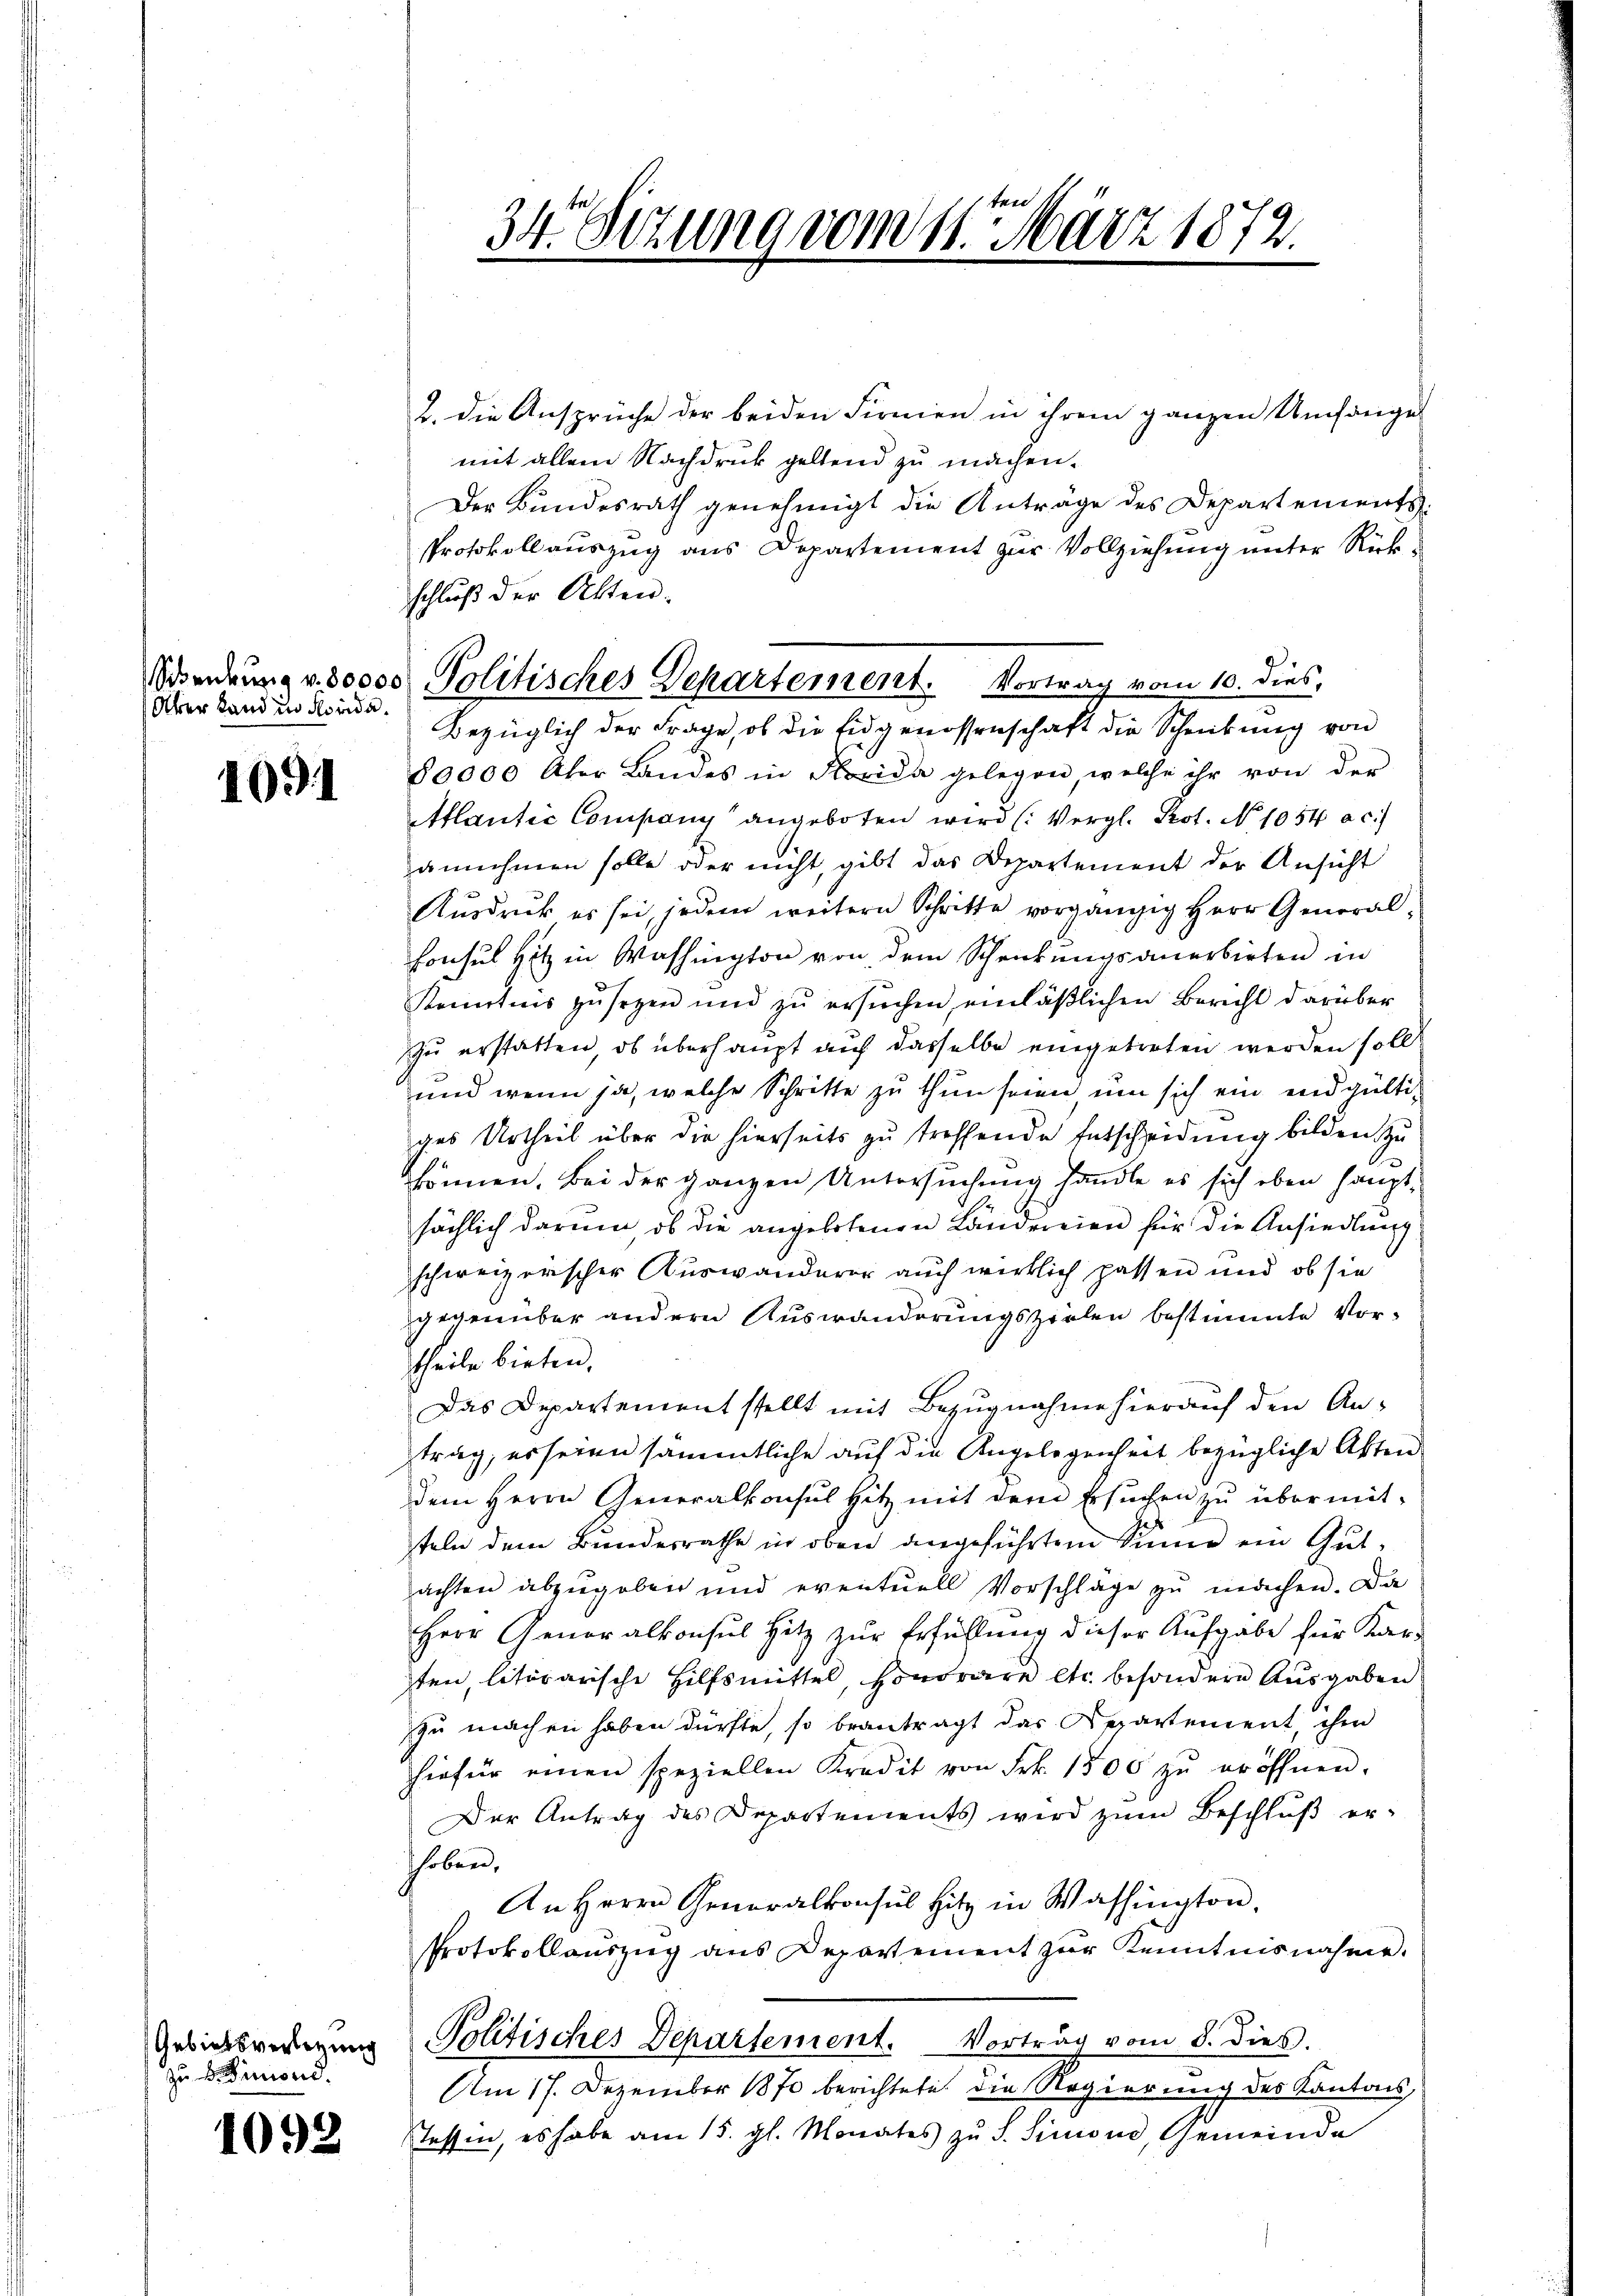
Über Land in Forde

1091

zu vermond.

1092

2. die Ansprüche der beiden Firmen in ihrem ganzen Umfanges
mit allem Nachdruck geltend zu machen.
Der Bundesrath genehmigt die Anträge des Departements-
Protokollauszug aus Departement zur Vollziehung unter Rückschluß der Alten.
Bezüglich der Frage, ob die Eidgenossenschaft die Schreibung von
80000 Aber Landes in Nocida gelegen, welche ihr von der
Atlantić Company angeboten wird (: Vergl. Prot. No 1054 ac.
annehmen solle oder nicht, gibt das Departement der Ansicht
Aŭsdruck es sei, jedem weitern Schritte vorgängig Herr General
Consul Hitz in Washington von dem Schenkungsanerbirten in
Kenntnis zŭ sezen und zŭ ersŭchen, einläßlichen Bericht darüber
zu erstatten, ob überhaupt auf dasselbe eingetreten werden soll.
und wenn ja, welche Schritte zu thun seien um sich ein endgültiges Urtheil über die hierseits zu treffende Entscheidung bilden zu
können. Bei der ganzen Untersuchung handle es sich eben hauptsächlich darum, ob die angebotenen Ländereien für die Ansiedlung
schweizerischer Auswanderer auch wirklich passen und ob sie
gegenüber andern Auswanderungszielen bestimmte Vortheile bieten.
Das Departement stellt mit Bezugnahme hierauf den An-
trag, es seien sämmtliche auf die Angelegenheit bezügliche Akten
dem Herrn Generalkonsul Hitz mit dem Ersuchen zu übermitteln dem Bundesrathe in oben angeführten Summe ein Gutachten abzugeben und eventuell Vorschläge zu machen. Da
Herr Generalkonsul Hitz zur Erfüllung dieser Aufgabe für Kar-
ten, litärarische Hilfsmittel, Honorare etc. besondere Ausgaben
zu machen haben dürfte, so beantragt das Departement, ihm
hiefür einen speziellen Kredit von Frk. 1500 zŭ eröffnen.
Der Antrag des Departements wird zŭm Beschlŭβ erhoben,
An Herrn Generalkonsul Hitz in Washington,
Protokollaŭszŭg ans Departement zŭr Kenntnisnahme.
Gebietswertigung Politisches Departement. Vortrag vom 8. dies.
Am 17. Dezember 1870 berichtete die Regierung des Kantons,
Stessin, es habe am 15. gl. Monates zu S. Simond, Gemeinde

34. Dezung vom 11. März 1872.
e

Sedung v. 30000 Politisches Departement. Vortrag vom 10. dies,